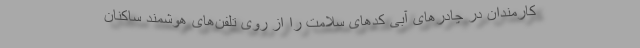
کارمندان در چادرهای آبی کدهای سلامت را از روی تلفن‌های هوشمند ساکنان